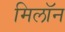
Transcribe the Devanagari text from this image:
मिलॉन